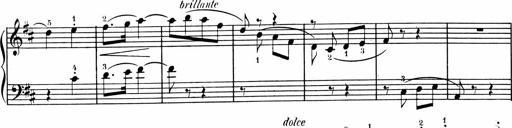
Title: 1Ã¨re Sonatine
Composer: FrÃ©dÃ©ric Binet